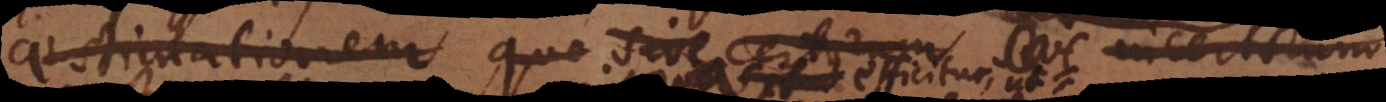
aestimationem qu sive certorum sive incertorum